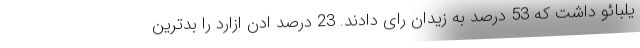
یلبائو داشت که 53 درصد به زیدان رای دادند. 23 درصد ادن ازارد را بدترین